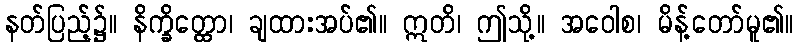
နတ်ပြည့်၌။ နိက္ခိတ္ထော၊ ချထားအပ်၏။ ဣတိ၊ ဤသို့။ အဝေါစ၊ မိန့်တော်မူ၏။